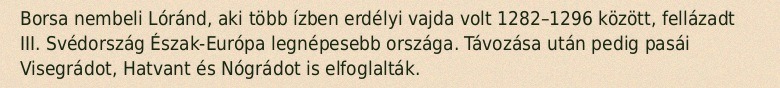
Borsa nembeli Lóránd, aki több ízben erdélyi vajda volt 1282–1296 között, fellázadt III. Svédország Észak-Európa legnépesebb országa. Távozása után pedig pasái Visegrádot, Hatvant és Nógrádot is elfoglalták.